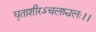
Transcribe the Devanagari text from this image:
घृताशीरऽचलश्चलः।।